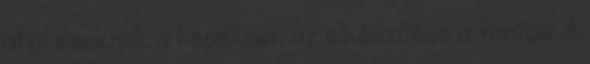
ahol ezeknek a képeknek az elkészítése a fontos. A